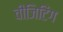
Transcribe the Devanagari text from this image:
वीजिटिंग